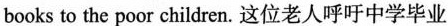
books to the poor children. 这位老人呼吁中学毕业